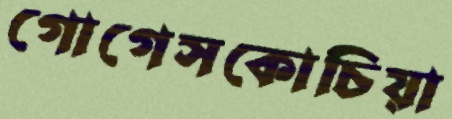
গোগেসকোচিয়া